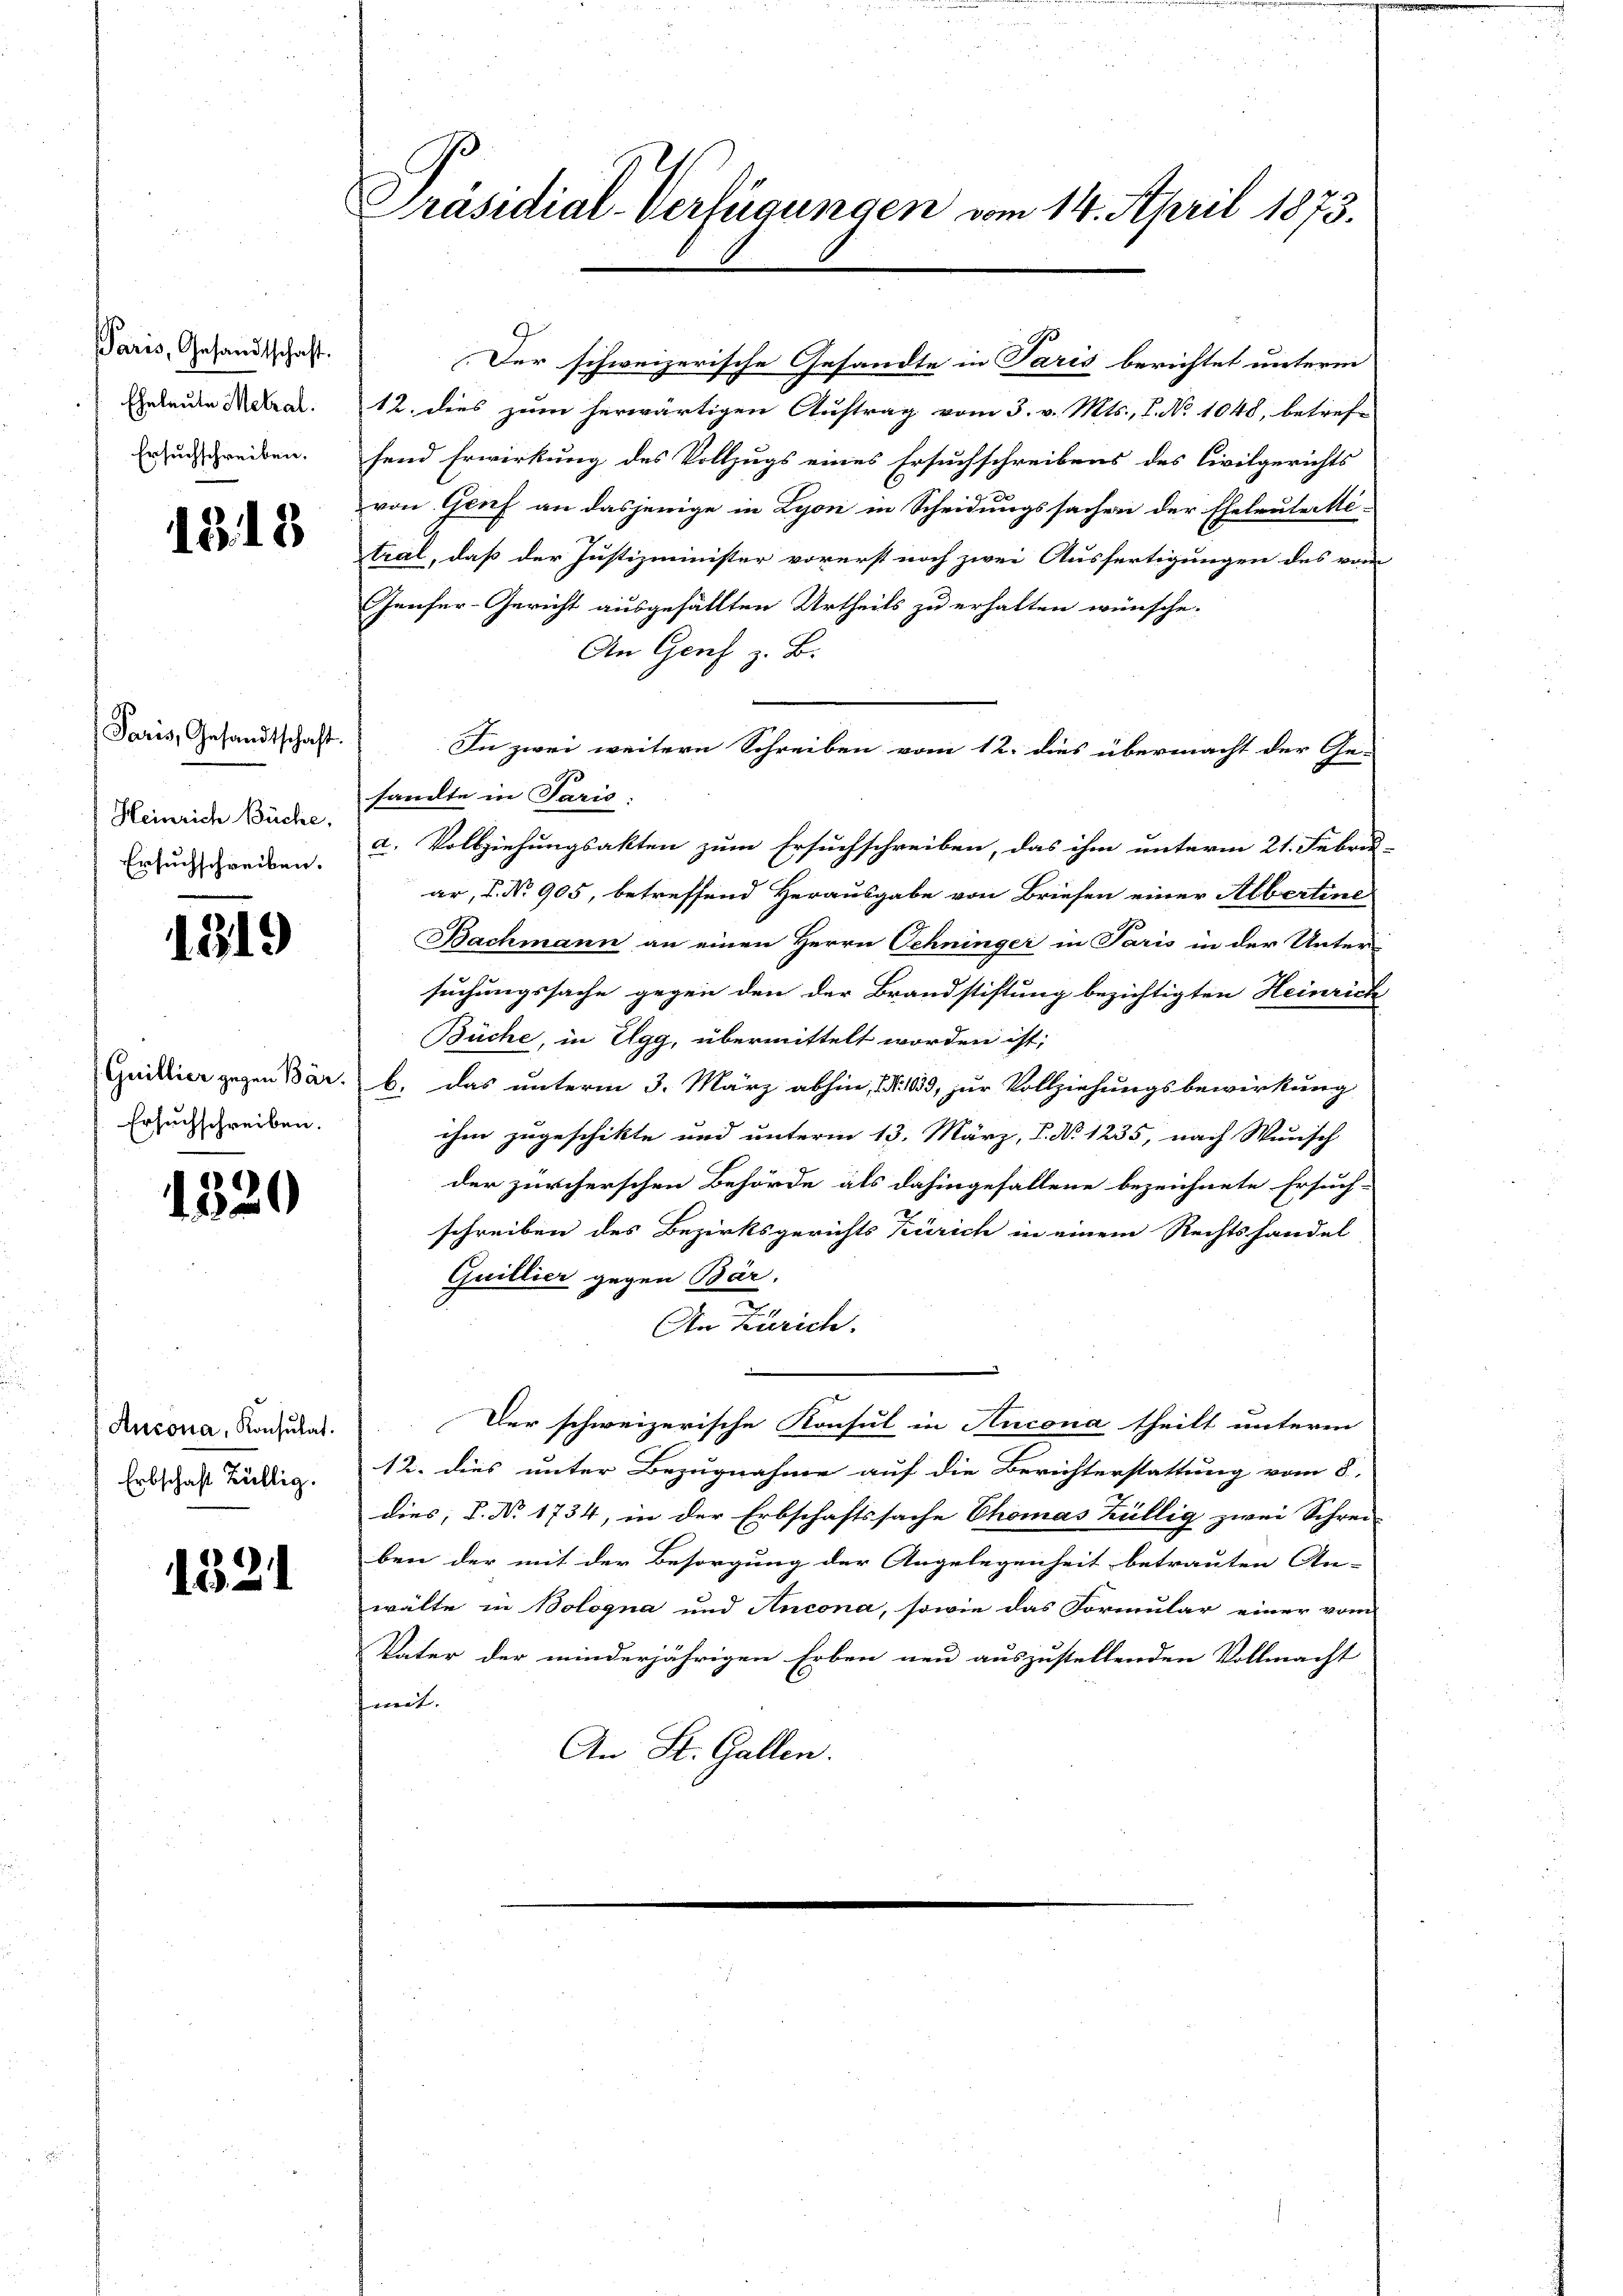
Paris, Gesandtschaft.
Eheleute Mehral.
Ersuchschreiben.

1313

Paris, Gesandtschaft.
Heinrich Büche,
Ersuchschreiben.

1319

Guillier gegen Bär.
Ersuchschreiben.

1320

Ancona, Konsulat.
Erbschaft Bällig.

1321

Präsidial-Verfügungen vom 14. April 1873.

9
Der schweizerische Gesandte in Paris berichtet unterm
12. dies zum herwärtigen Auftrag vom 3. v. Mts., P. No 1048, betref
fend Erwirkung des Vollzugs eines Ersuchschreibens des Civilgerichts
von Genf an dasjenige in Lyon in Scheidungssachen der Eheleute Me-
tral, daß der Justizminister vorerst noch zwei Ausfertigungen des vom
Genfer-Gericht ausgefällten Urtheils zu erhalten wünsche.
An Genf z. B.
In zwei weitern Schreiben vom 12. dies übermacht der Ge-
sandte in Paris.
a. Vollziehungsakten zum Ersuchschreiben, das ihm unterm 21. Febru-
ar, 1. No 905, betreffend Herausgabe von Briefen einer Albertine
Bachmann an einen Herrn Schninger in Paris in der Unter-
suchungssache gegen den der Brandstiftung bezichtigten Heinrich
Büche, in Egg, übermittelt worden ist,
b. das unterm 3. März abhin, No 133, zur Vollziehungsbewirkung
ihm zugeschikte und unterm 13. März, P. No 1235, nach Wunsch
der zürcherschen Behörde als dahingefallene bezeichnete Ersuch-
schreiben des Bezirksgerichts Zürich in einem Rechtshandel
Quillier gegen Bär.
An Zürich.
Der schweizerische Konsul in Aucona theilt unteren
12. dies unter Bezugnahme auf die Berichterstattung vom 8.
dies; S. Nr. 1734, in der Erbschaftssache Chomas Züllig zwei Schrei-
ben der mit der Besorgung der Angelegenheit betrauten An-
wälte in Bologna und Ancona, sowie das Formular einer vom
Vater der minderjährigen Erben neu auszustellenden Vollmacht
mit. |
An St. Gallen.